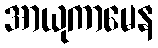
အာယုကာမေန